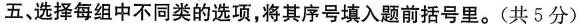
五,选择每组中不同类的选项,将其序号填入题前括号里.(共 5分)